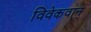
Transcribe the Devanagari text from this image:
विवेकवान्